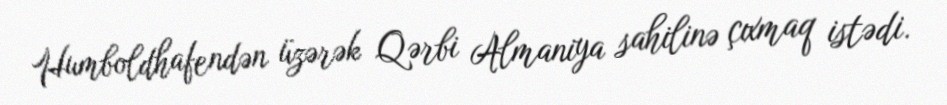
Humboldhafendən üzərək Qərbi Almaniya sahilinə çıxmaq istədi.